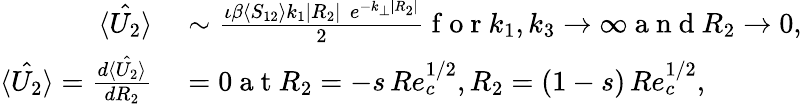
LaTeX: \begin{array}{rl}{\hat{\langle U_{2}\rangle}}&{{}\sim\frac{\iota\beta\langle S_{12}\rangle k_{1}|R_{2}|\, \, e^{-k_{\perp}|R_{2}|}}{2}\mathrm{~f~o~r~}k_{1},k_{3}\to\infty\mathrm{~a~n~d~}R_{2}\rightarrow 0,}\\ {\hat{\langle U_{2}\rangle}=\frac{d\hat{\langle U_{2}\rangle}}{dR_{2}}}&{{}=0\mathrm{~a~t~}R_{2}=-s\, Re_{c}^{1/2},R_{2}=(1-s)\, Re_{c}^{1/2},}\end{array}